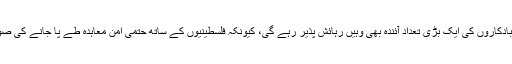
اگر اسرائیلی حکومت کو اپنی خواہشات پر عمل درآمد کا موقع مل گیا، تو ان آبادکاروں کی ایک بڑی تعداد آئندہ بھی وہیں رہائش پذیر رہے گی، کیونکہ فلسطینیو‌ں کے ساتھ حتمی امن معاہدہ طے پا جانے کی صورت میں بھی اسرائیل ان علاقوں میں بڑی یہودی بستیاں قائم رکھنا چاہے گا۔